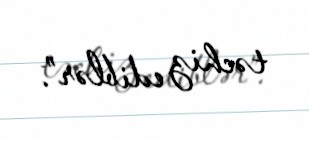
təchiz ediblər”.